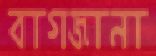
বাগজানা